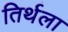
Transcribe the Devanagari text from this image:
तिर्थला